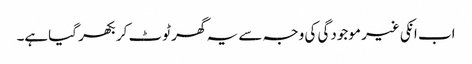
اب انکی غیر موجودگی کی وجہ سے یہ گھر ٹوٹ کر بکھر گیاہے۔